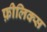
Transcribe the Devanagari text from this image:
फ़ीलिक्स